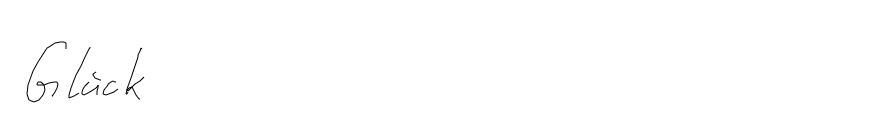
Glück